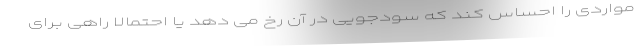
مواردی را احساس کند که سودجویی در آن رخ می دهد یا احتمالا راهی برای